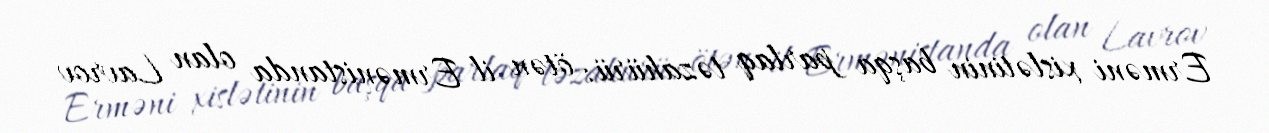
Erməni xislətinin başqa parlaq təzahürü: ötən il Ermənistanda olan Lavrov